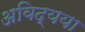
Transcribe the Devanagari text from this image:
अविद्यया